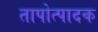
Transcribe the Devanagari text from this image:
तापोत्पादक